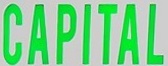
CAPITAL